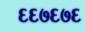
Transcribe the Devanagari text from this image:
६६७६७६